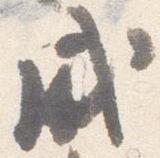
盛